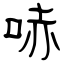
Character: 哧